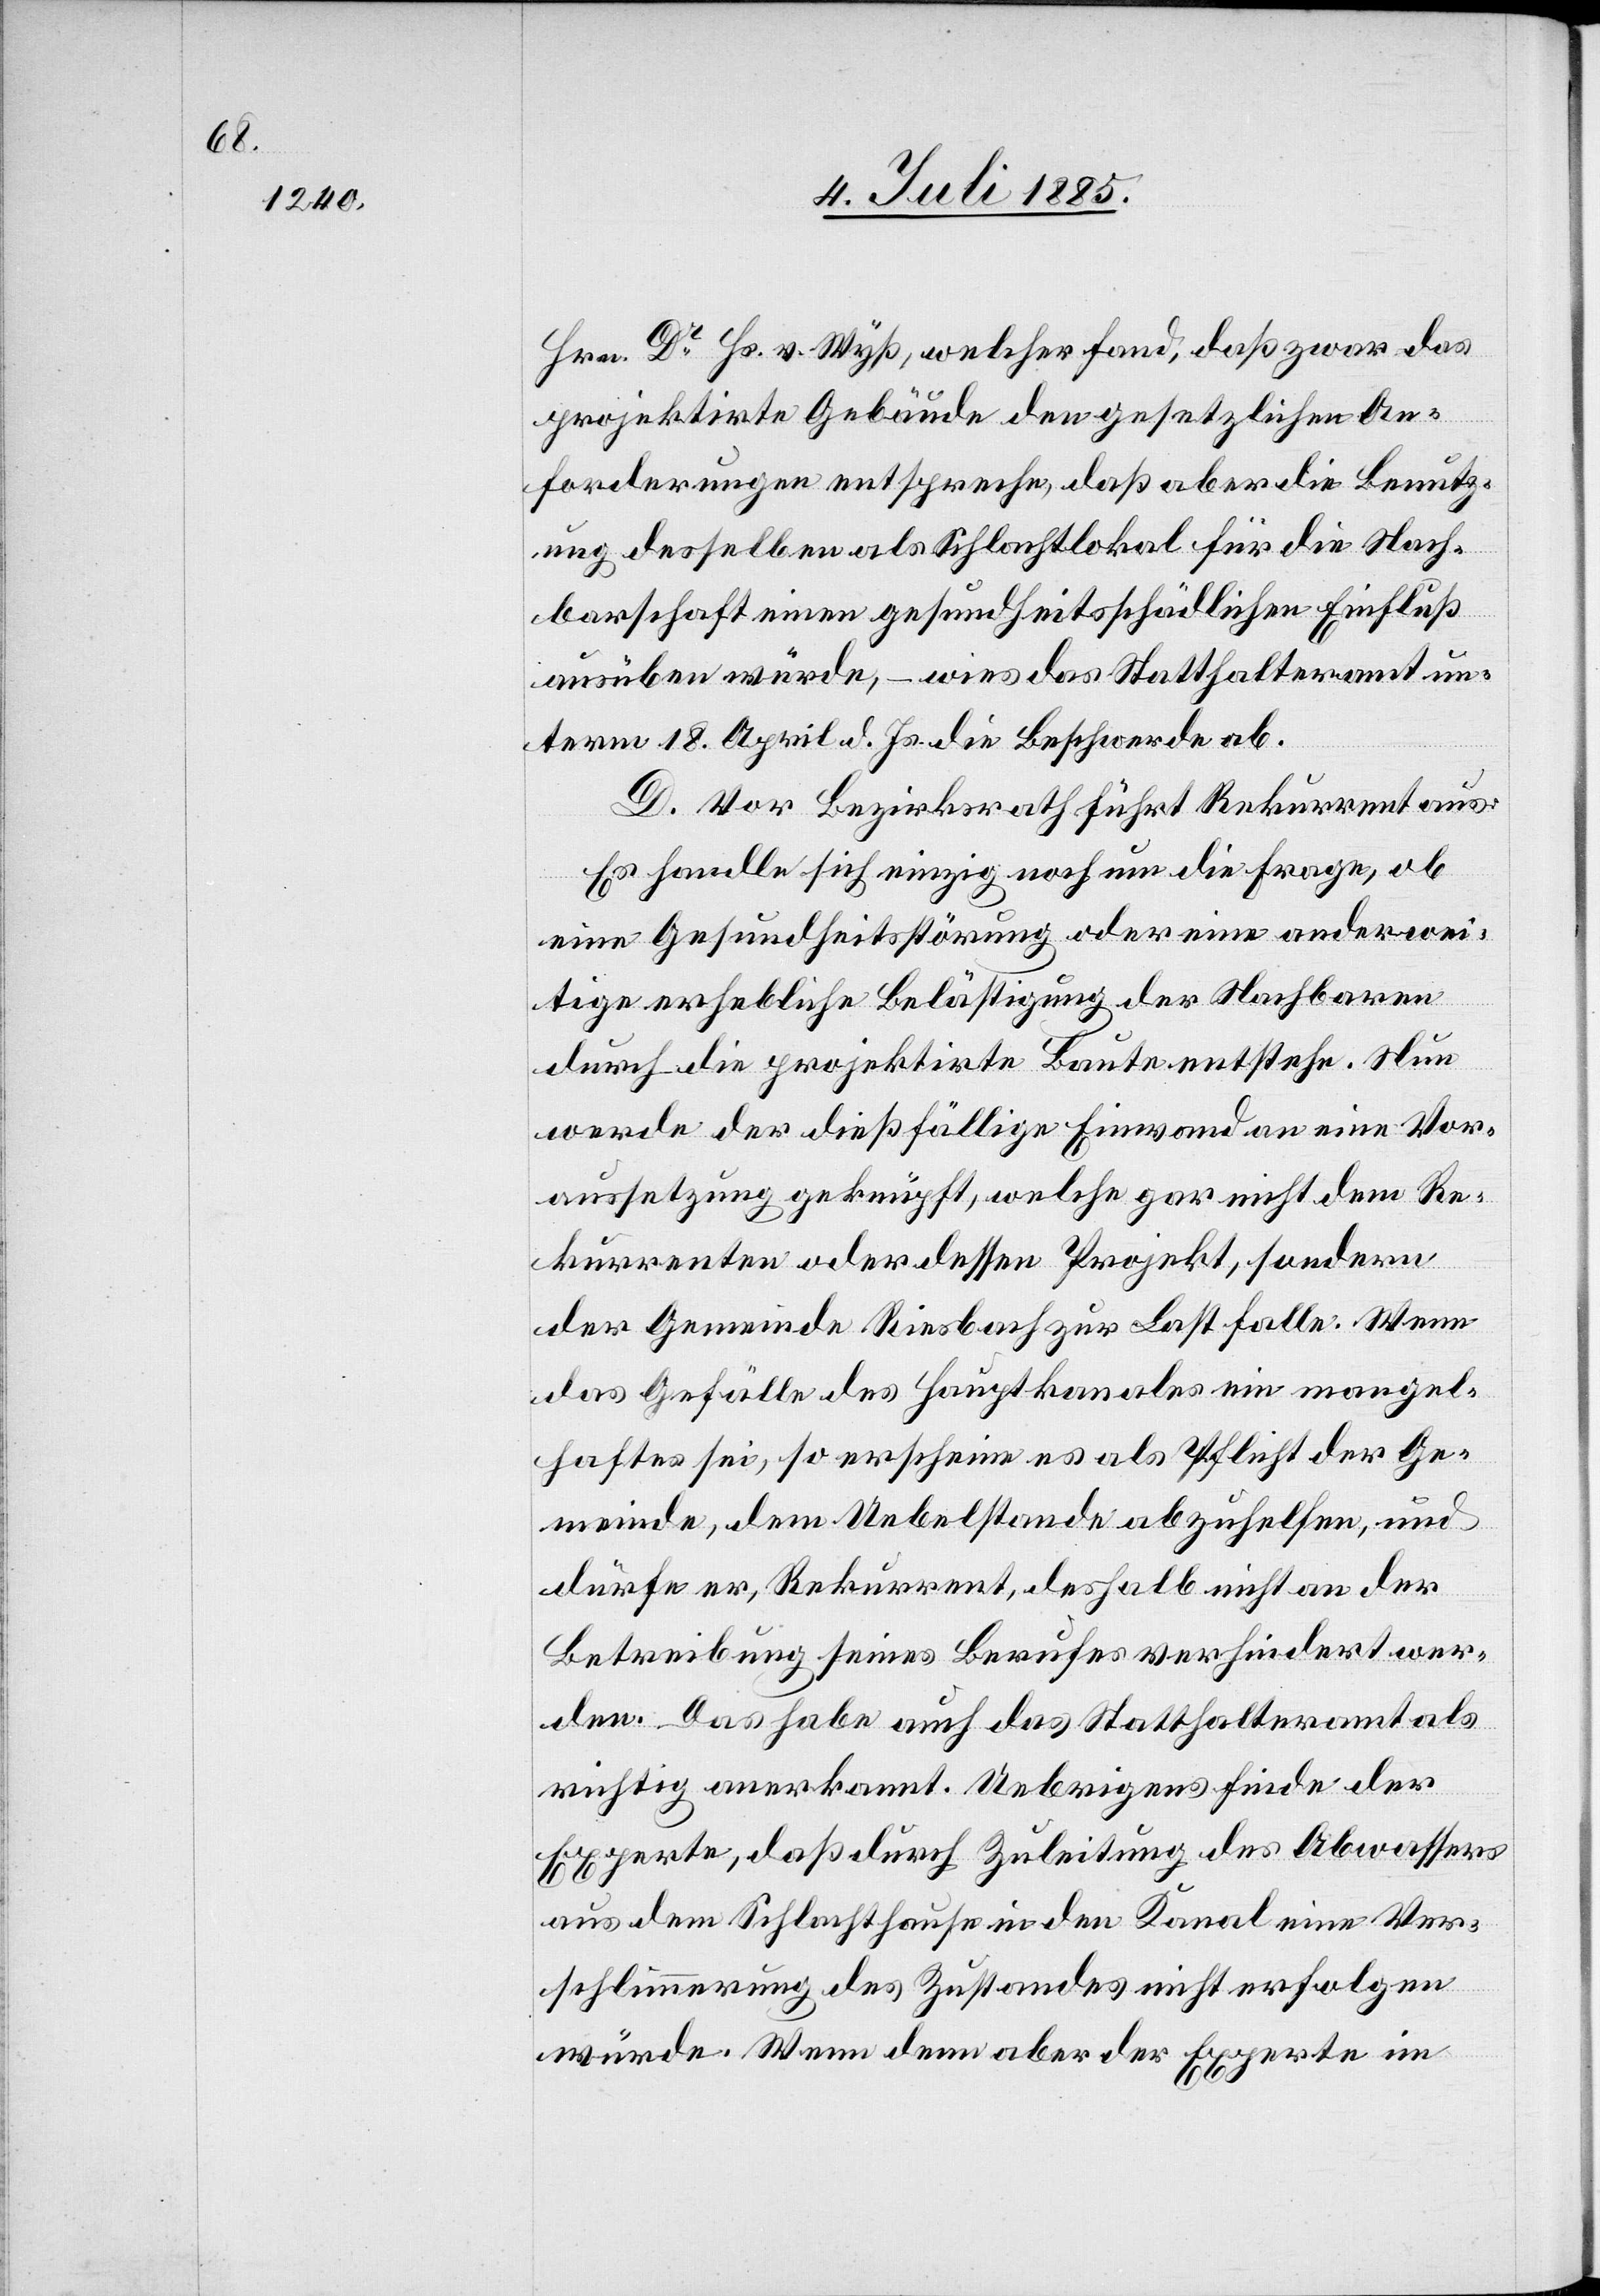
Hrn. Dr Hs. v. Wyß, welcher fand, daß zwar das
projektirte Gebäude den gesetzlichen An¬
forderungen entspreche, daß aber die Benutz¬
ung desselben als Schlachtlokal für die Nach¬
barschaft einen gesundheitsschädlichen Einfluß
ausüben würde, – wies das Statthalteramt un¬
term 18. April d. Js. die Beschwerde ab.
D. Vor Bezirksrath führt Rekurrent aus:
Es handle sich einzig noch um die Frage, ob
eine Gesundheitsstörung oder eine anderwei¬
tige erhebliche Belästigung der Nachbaren
durch die projektirte Baute entstehe. Nun
werde der dießfällige Einwand an eine Vor¬
aussetzung geknüpft, welche gar nicht dem Re¬
kurrenten oder dessen Projekt, sondern
der Gemeinde Riesbach zur Last falle. Wenn
das Gefälle des Hauptkanals ein mangel¬
haftes sei, so erscheine es als Pflicht der Ge¬
meinde, dem Uebelstande abzuhelfen, und
dürfe er, Rekurrent, deshalb nicht an der
Betreibung seines Berufes verhindert wer¬
den. Das habe auch das Statthalteramt als
richtig anerkannt. Uebrigens finde der
Experte, daß durch Zuleitung des Abwassers
aus dem Schlachthause in den Kanal eine Ver¬
schlimmerung des Zustandes nicht erfolgen
würde. Wenn denn aber der Experte im